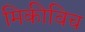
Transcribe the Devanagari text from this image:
मिकीविच